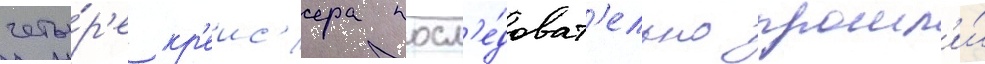
четы́р'е кр'еис'ера посл'е́доват'ельно прошл'и́